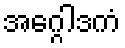
အဂ္ဂေါဒကံ